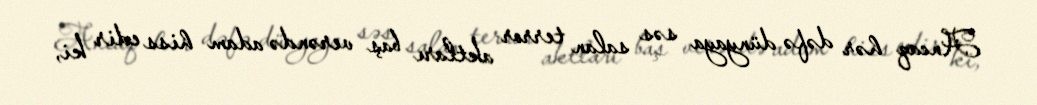
Ancaq hər dəfə dünyaya səs salan terror aktları baş verəndə adam hiss edir ki,